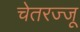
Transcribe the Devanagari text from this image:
चेतरज्जू